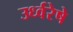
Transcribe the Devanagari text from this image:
उर्ध्वरेषे